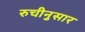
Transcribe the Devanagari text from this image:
रुचीनुसार